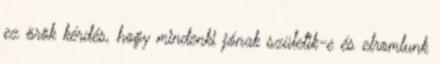
ez örök kérdés, hogy mindenki jónak születik-e és elromlunk